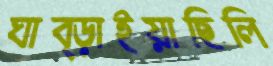
ঘাব্‌ড়াইয়াছিলি